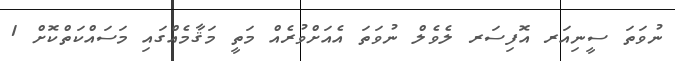
ނުވަތަ ސީނިއަރ އޮފިސަރ ލެވެލް ނުވަތަ އެއަށްވުރެއް މަތީ މަޤާމެއްގައި މަސައްކަތްކޮށް 1